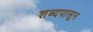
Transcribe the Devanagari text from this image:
शब्दपासून